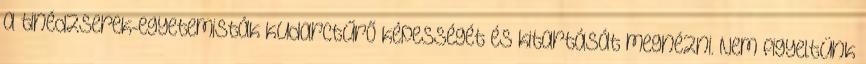
a tinédzserek-egyetemisták kudarctűrő képességét és kitartását megnézni. Nem figyeltünk